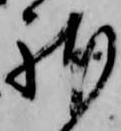
体